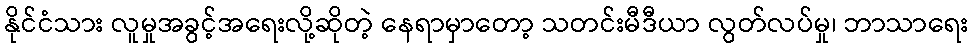
နိုင်ငံသား လူမှုအခွင့်အရေးလို့ဆိုတဲ့ နေရာမှာတော့ သတင်းမီဒီယာ လွတ်လပ်မှု၊ ဘာသာရေး